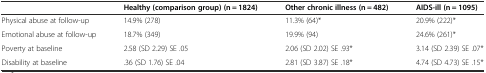
<table><thead><tr><td></td><td><b>Healthy (comparison group) (n = 1824)</b></td><td><b>Other chronic illness (n = 482)</b></td><td><b>AIDS-ill (n = 1095)</b></td></tr></thead><tbody><tr><td>Physical abuse at follow-up</td><td>14.9% (278)</td><td>11.3% (64)*</td><td>20.9% (222)*</td></tr><tr><td>Emotional abuse at follow-up</td><td>18.7% (349)</td><td>19.9% (94)</td><td>24.6% (261)*</td></tr><tr><td>Poverty at baseline</td><td>2.58 (SD 2.29) SE .05</td><td>2.06 (SD 2.02) SE .93*</td><td>3.14 (SD 2.39) SE .07*</td></tr><tr><td>Disability at baseline</td><td>.36 (SD 1.76) SE .04</td><td>2.81 (SD 3.87) SE .18*</td><td>4.74 (SD 4.73) SE .15*</td></tr></tbody></table>